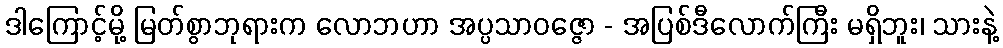
ဒါကြောင့်မို့ မြတ်စွာဘုရားက လောဘဟာ အပ္ပသာဝဇ္ဇော - အပြစ်ဒီလောက်ကြီး မရှိဘူး၊ သားနဲ့